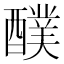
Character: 醭